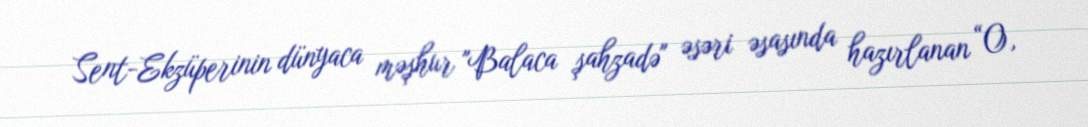
Sent-Ekzüperinin dünyaca məşhur "Balaca şahzadə" əsəri əsasında hazırlanan “O,